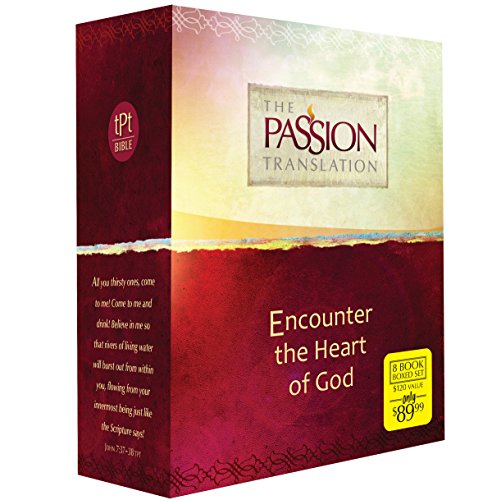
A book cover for The Passion Translation: 8-in-1 Collection; Simmons  Brian; Christian Books & Bibles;